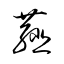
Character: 薤